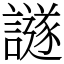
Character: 譢